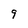
Character: g